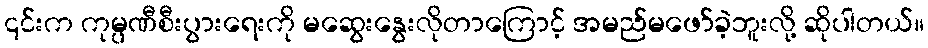
၎င်းက ကုမ္ပဏီစီးပွားရေးကို မဆွေးနွေးလိုတာကြောင့် အမည်မဖော်ခဲ့ဘူးလို့ ဆိုပါတယ်။